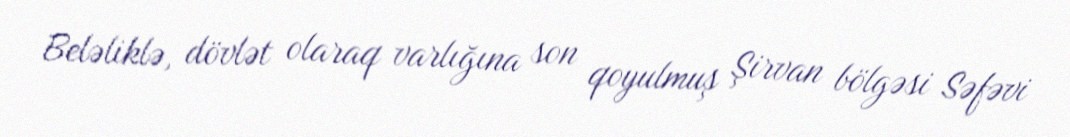
Beləliklə, dövlət olaraq varlığına son qoyulmuş Şirvan bölgəsi Səfəvi